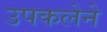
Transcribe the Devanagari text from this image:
उपकलेने